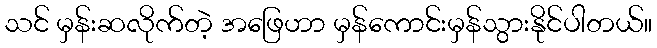
သင် မှန်းဆလိုက်တဲ့ အဖြေဟာ မှန်ကောင်းမှန်သွားနိုင်ပါတယ်။